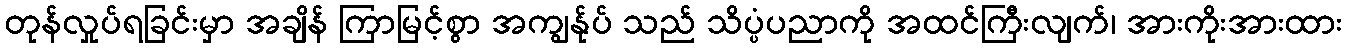
တုန်လှုပ်ရခြင်းမှာ အချိန် ကြာမြင့်စွာ အကျွန်ုပ် သည် သိပ္ပံပညာကို အထင်ကြီးလျက်၊ အားကိုးအားထား